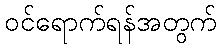
ဝင်ရောက်ရန်အတွက်